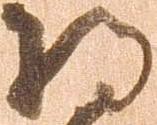
将